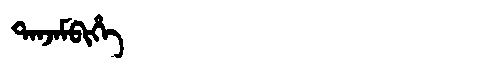
Manchu: ᡨᠠᠨᠵᠠᠮᠪᡳᡥᡝ
Romanization: TANJAMBIHE